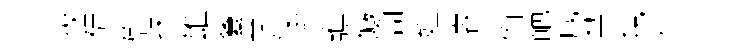
拔禱慰抺雄藑掌陳悉譙儼簡姓濬侑葩咸禁規倬